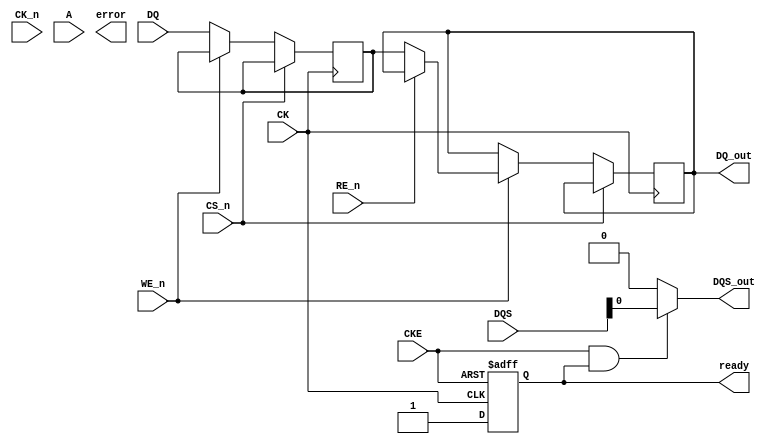
module gddr3_io_block (
    input wire [31:0] DQ,          // Data lines (32 bits)
    input wire [3:0] DQS,          // Data Strobe signals
    input wire CK,                  // Clock input
    input wire CK_n,                // Complementary Clock input
    input wire CKE,                 // Clock Enable
    input wire CS_n,                // Chip Select (active low)
    input wire WE_n,                // Write Enable (active low)
    input wire RE_n,                // Read Enable (active low)
    input wire [15:0] A,            // Address lines
    output wire [31:0] DQ_out,      // Output data lines
    output wire DQS_out,            // Output Data Strobe
    output wire ready,              // Ready signal for memory operations
    output wire error               // Error signal for detection
);

    // Internal signals
    reg [31:0] data_buffer;          // Data buffer for bi-directional data path
    reg ready_reg;                   // Ready signal register
    reg error_reg;                   // Error signal register

    // Clock management
    always @(posedge CK or negedge CKE) begin
        if (!CKE) begin
            // Power down logic
            ready_reg <= 1'b0;
        end else begin
            // Normal operation
            ready_reg <= 1'b1;
        end
    end

    // Data path for read/write operations
    always @(posedge CK) begin
        if (!CS_n) begin
            if (!WE_n) begin
                // Write operation
                data_buffer <= DQ; // Capture data from DQ
            end else if (!RE_n) begin
                // Read operation
                DQ_out <= data_buffer; // Output data to DQ_out
            end
        end
    end

    // Data Strobe generation
    assign DQS_out = (CKE && ready_reg) ? DQS : 1'b0;

    // Ready and error signal assignment
    assign ready = ready_reg;
    assign error = error_reg;

    // Initialization state machine (simplified)
    reg [2:0] state;
    localparam IDLE = 3'b000, INIT = 3'b001, READY = 3'b010;

    always @(posedge CK) begin
        case (state)
            IDLE: begin
                if (!CS_n) begin
                    state <= INIT; // Transition to initialization
                end
            end
            INIT: begin
                // Initialization logic here
                state <= READY; // Transition to ready state
            end
            READY: begin
                // Normal operation
                if (CS_n) begin
                    state <= IDLE; // Go back to idle
                end
            end
        endcase
    end

endmodule